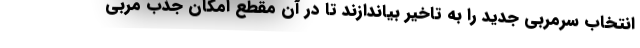
انتخاب سرمربی جدید را به تاخیر بیاندازند تا در آن مقطع امکان جذب مربی